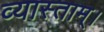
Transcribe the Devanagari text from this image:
व्यास्ताम्।